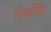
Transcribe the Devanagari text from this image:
विवर्णित